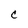
Character: C